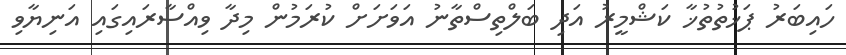
ހައިބަރު ޕަޚުތުތުޚާ ކަޝްމީރު އަދި ބަލްތިސްތާނު އަވަށަށް ކުރަމުން މިދާ ވިއްސާރައިގައި އަނިޔާވި